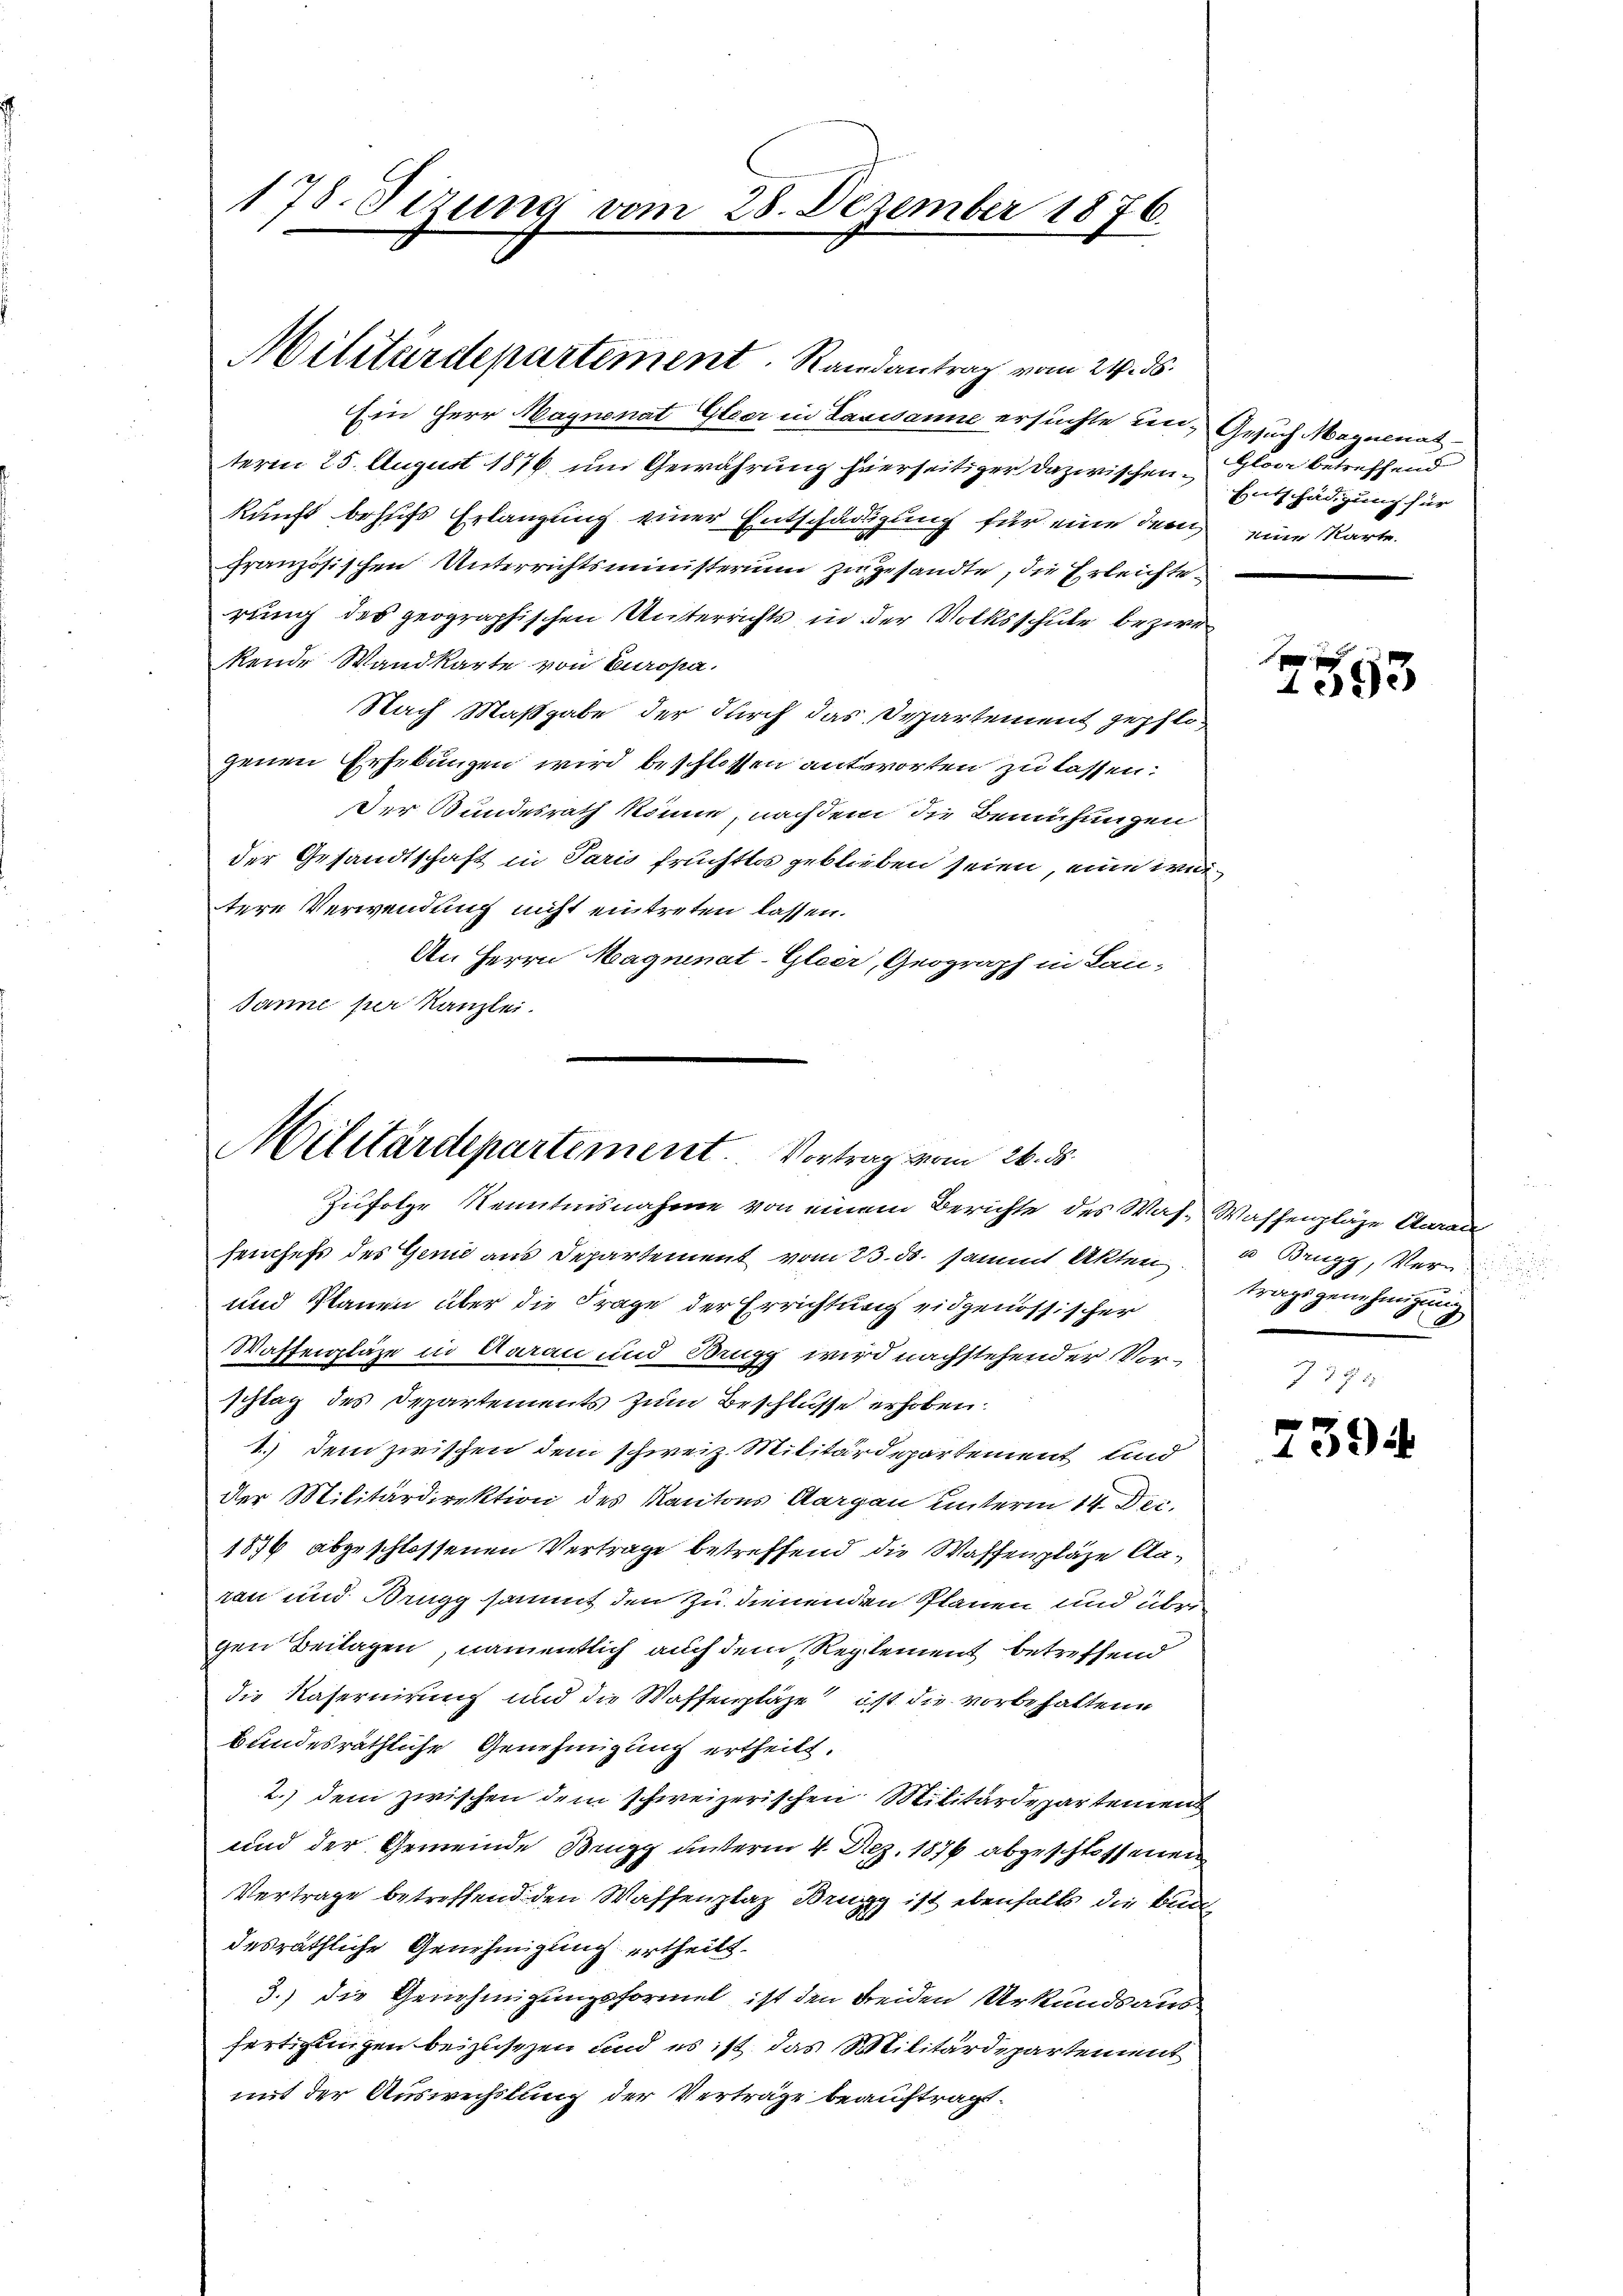
178. Sizung vom 28. Dezember 1876.

Militärdepartement. Randantrag vom 24. ds.

Ein Herr Wagnenat Gleer in Lausanne ersuchte un- Gesuch Maynenat
term 25. August 1876 um Gewährung hierseitiger dazwischen Glarus betreffend
kunft behufs Erlangung einer Entschädigung für eine dem eine Karte.
französischen Unterrichtsministerium zugesandte, die Erleichterung des geographischen Unterrichts in der Volksschule bezwei
kende Wandkarte von Europa.
Nach Maßgabe der durch das Departement gepflo-
genen Erhebungen wird beschlossen antworten zu lassen:
Der Bundesrath könne, nachdem die Bemühungen
der Gesandtschaft in Paris fruchtlos geblieben seien, eine weitere Verwendung nicht eintreten lassen.
An Herrn Magninat-Gleer, Geograph in Lan-
Janne per Kanzlei.

Militärdepartement. Vortrag vom 26. ds.
Zufolge Kenntnisnahme von einem Berichte des Was- Wassenpläge Aarau

senchefs des Genie aus Departement vom 23. ds. sammt Akten u Brugg, Ver¬
und Planen über die Frage der Errichtung eidgenössischer
Waffenpläge in Aarau und Brugg wird nachstehender Vor-
schlag des Departements zum Beschlusse erhoben.
1.) Dem zwischen dem schweiz. Militärdepartement und
der Militärdirektion des Kantons Aargau unterm 14. Dec.
1876 abgeschlossenen Vertrage betreffend die Waffenpläge Aaran und Brugg sammt den zu dienenden Planen und übrigen Beilagen, namentlich auch dem Reglement betreffend
die Kaseruirung und die Waffenpläge ist die vorbehaltene
bundesräthliche Genehmigung ertheilt.
2.) dem zwischen dem schweizerischen Militärdepartemen
und der Gemeinde Brugg unterm 4. Dez. 1876 abgeschlossenen
Vertrage betreffend den Waffenplaz Brugg ist ebenfalls die Bund
desräthliche Genehmigung ertheilt.
3.) die Genehmigungsformel ist den Freiden Urkundsang
fertigungen beizusezen und es ist das Militärdepartement
mit der Auswechslung der Verträge beauftragt.

Entschädigung für

xx
1395

trags genehmigung

7394